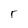
Character: r